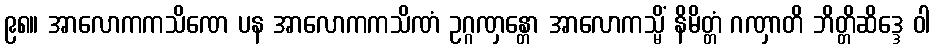
၉၈။ အာလောကကသိဏေ ပန အာလောကကသိဏံ ဥဂ္ဂဏှန္တော အာလောကသ္မိံ နိမိတ္တံ ဂဏှာတိ ဘိတ္တိဆိဒ္ဒေ ဝါ